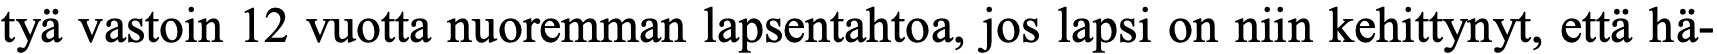
tyä vastoin 12 vuotta nuoremman lapsentahtoa, jos lapsi on niin kehittynyt, että hä-